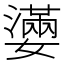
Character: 𡣩